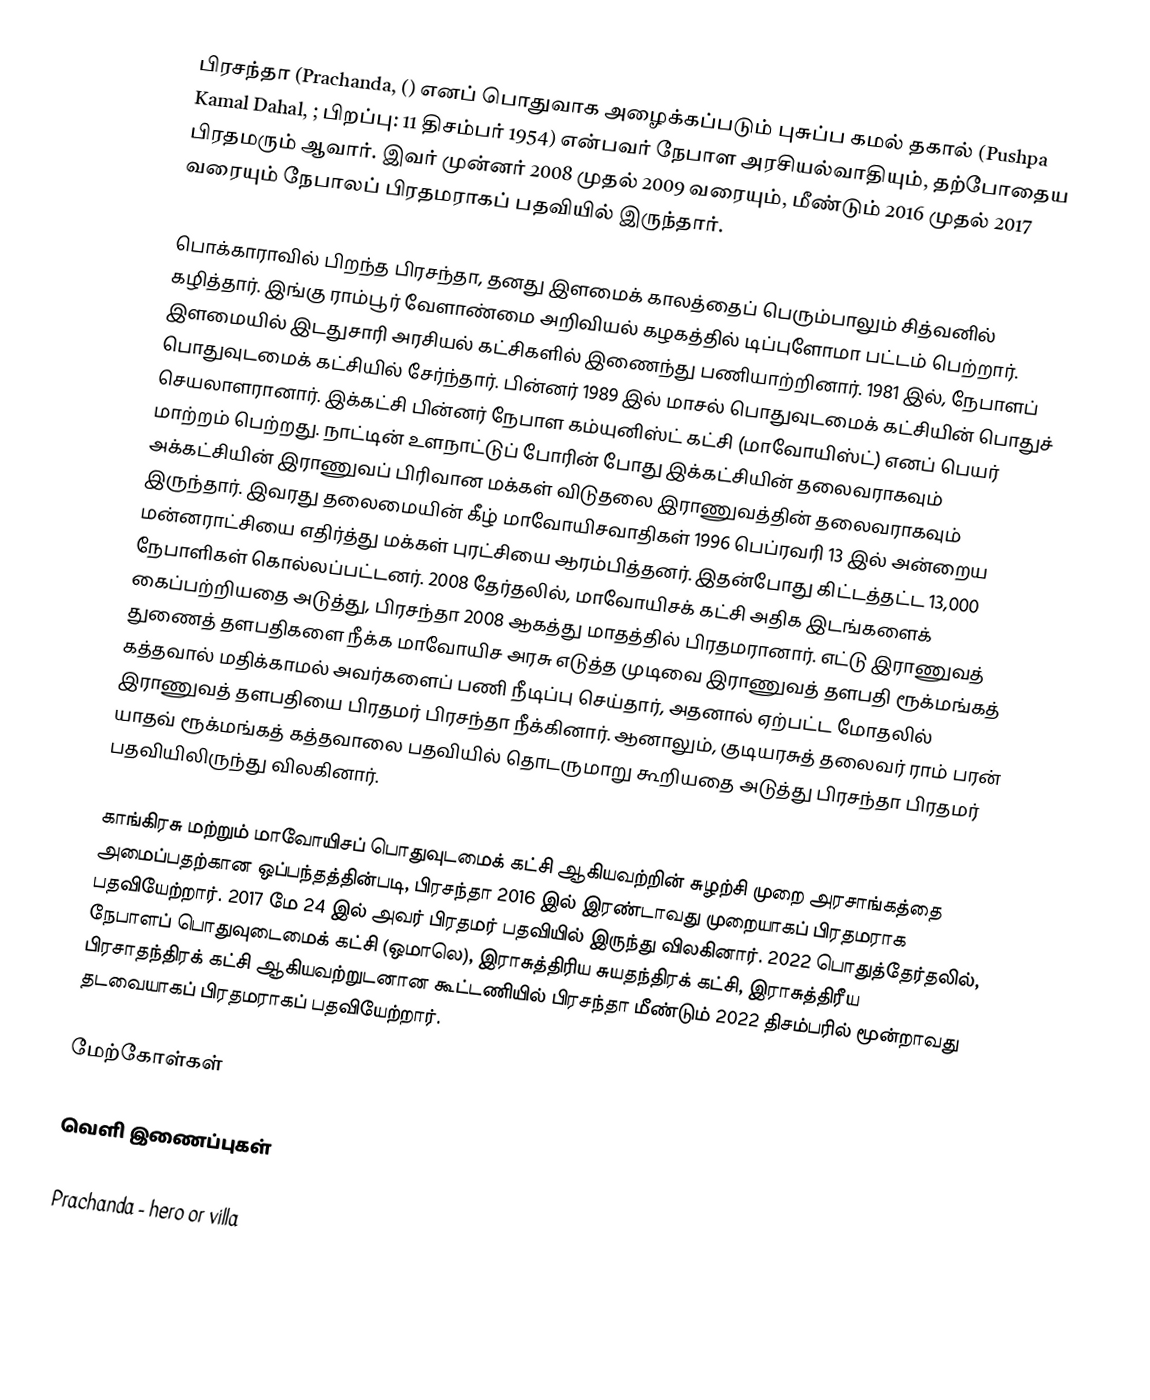
பிரசந்தா (Prachanda, () எனப் பொதுவாக அழைக்கப்படும் புசுப்ப கமல் தகால் (Pushpa Kamal Dahal, ; பிறப்பு: 11 திசம்பர் 1954) என்பவர் நேபாள அரசியல்வாதியும், தற்போதைய பிரதமரும் ஆவார். இவர் முன்னர் 2008 முதல் 2009 வரையும், மீண்டும் 2016 முதல் 2017 வரையும் நேபாலப் பிரதமராகப் பதவியில் இருந்தார்.

பொக்காராவில் பிறந்த பிரசந்தா, தனது இளமைக் காலத்தைப் பெரும்பாலும் சித்வனில் கழித்தார். இங்கு ராம்பூர் வேளாண்மை அறிவியல் கழகத்தில் டிப்புளோமா பட்டம் பெற்றார். இளமையில் இடதுசாரி அரசியல் கட்சிகளில் இணைந்து பணியாற்றினார். 1981 இல், நேபாளப் பொதுவுடமைக் கட்சியில் சேர்ந்தார். பின்னர் 1989 இல் மாசல் பொதுவுடமைக் கட்சியின் பொதுச் செயலாளரானார். இக்கட்சி பின்னர் நேபாள கம்யுனிஸ்ட் கட்சி (மாவோயிஸ்ட்) எனப் பெயர் மாற்றம் பெற்றது.  நாட்டின் உளநாட்டுப் போரின் போது இக்கட்சியின் தலைவராகவும் அக்கட்சியின் இராணுவப் பிரிவான மக்கள் விடுதலை இராணுவத்தின் தலைவராகவும் இருந்தார். இவரது தலைமையின் கீழ் மாவோயிசவாதிகள் 1996 பெப்ரவரி 13 இல் அன்றைய மன்னராட்சியை எதிர்த்து மக்கள் புரட்சியை ஆரம்பித்தனர். இதன்போது கிட்டத்தட்ட 13,000 நேபாளிகள் கொல்லப்பட்டனர். 2008 தேர்தலில், மாவோயிசக் கட்சி அதிக இடங்களைக் கைப்பற்றியதை அடுத்து, பிரசந்தா 2008 ஆகத்து மாதத்தில் பிரதமரானார். எட்டு இராணுவத் துணைத் தளபதிகளை நீக்க மாவோயிச அரசு எடுத்த முடிவை இராணுவத் தளபதி ரூக்மங்கத் கத்தவால் மதிக்காமல் அவர்களைப் பணி நீடிப்பு செய்தார், அதனால் ஏற்பட்ட மோதலில் இராணுவத் தளபதியை பிரதமர் பிரசந்தா நீக்கினார். ஆனாலும், குடியரசுத் தலைவர் ராம் பரன் யாதவ் ரூக்மங்கத் கத்தவாலை பதவியில் தொடருமாறு கூறியதை அடுத்து பிரசந்தா பிரதமர் பதவியிலிருந்து விலகினார்.

காங்கிரசு மற்றும் மாவோயிசப் பொதுவுடமைக் கட்சி ஆகியவற்றின் சுழற்சி முறை அரசாங்கத்தை அமைப்பதற்கான ஒப்பந்தத்தின்படி, பிரசந்தா 2016 இல் இரண்டாவது முறையாகப் பிரதமராக பதவியேற்றார். 2017 மே 24 இல் அவர் பிரதமர் பதவியில் இருந்து விலகினார். 2022 பொதுத்தேர்தலில், நேபாளப் பொதுவுடைமைக் கட்சி (ஒமாலெ), இராசுத்திரிய சுயதந்திரக் கட்சி, இராசுத்திரீய பிரசாதந்திரக் கட்சி ஆகியவற்றுடனான கூட்டணியில் பிரசந்தா மீண்டும் 2022 திசம்பரில் மூன்றாவது தடவையாகப் பிரதமராகப் பதவியேற்றார்.

மேற்கோள்கள்

வெளி இணைப்புகள்

 Prachanda - hero or villa